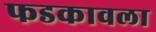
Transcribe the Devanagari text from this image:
फडकावला